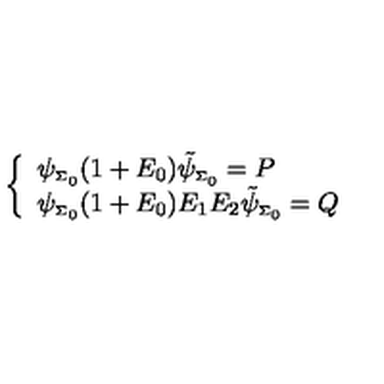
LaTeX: \left\{ \begin{array} { l } { \psi _ { \scriptscriptstyle \Sigma _ { 0 } } ( 1 + E _ { 0 } ) \tilde { \psi } _ { \scriptscriptstyle \Sigma _ { 0 } } = P } \\ { \psi _ { \scriptscriptstyle \Sigma _ { 0 } } ( 1 + E _ { 0 } ) E _ { 1 } E _ { 2 } \tilde { \psi } _ { \scriptscriptstyle \Sigma _ { 0 } } = Q } \\ \end{array} \right.